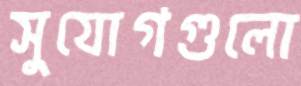
সুযোগগুলো